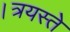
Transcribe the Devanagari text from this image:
।त्रयस्ते